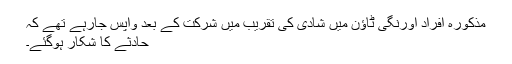
مذکورہ افراد اورنگی ٹاؤن میں شادی کی تقریب میں شرکت کے بعد واپس جارہے تھے کہ
حادثے کا شکار ہوگئے۔